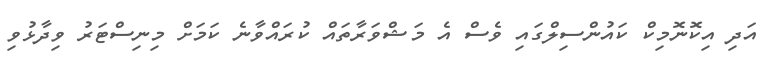
އަދި އިކޮނޮމިކް ކައުންސިލްގައި ވެސް އެ މަޝްވަރާތައް ކުރައްވާނެ ކަމަށް މިނިސްޓަރު ވިދާޅުވި